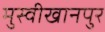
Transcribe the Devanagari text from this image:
मुस्वीखानपुर